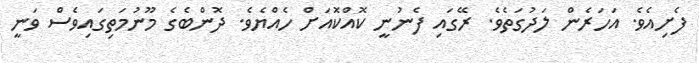
ފެށިއެވެ. އަހަރެން ލަދުގަތެވެ. ރޭގައި ފެނުނީ ކޮއްކޮއަށް ހެއްޔެވެ. ދޮންބެގެ މޫނުމަތިގައިވެސް ވަނީ